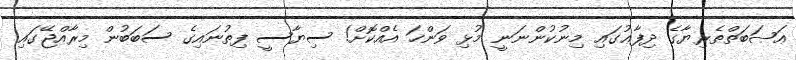
ޢަޞަބަތްތެރިޔާގެ ދިފާޢުގައި މިނުކުންނަނީ މުޅި ވަންހަ އެއްކޮށް! ސިޔާސީ ފިތުނައިގެ ސަބަބުން މިރާއްޖޭގައި